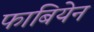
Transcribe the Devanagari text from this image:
फाबियेन